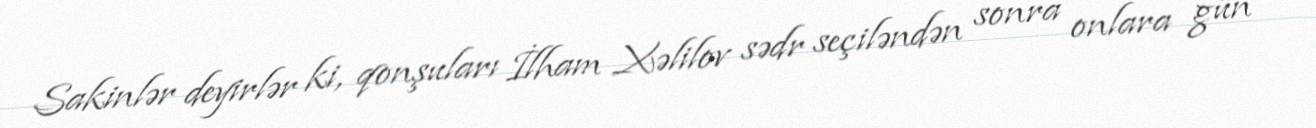
Sakinlər deyirlər ki, qonşuları İlham Xəlilov sədr seçiləndən sonra onlara gün